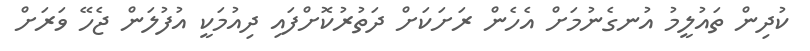
ކުދިން ތައުލީމު އުނގެނުމަށް އެހެން ރަށަކަށް ދަތުރުކޮށްފައި ދިއުމަކީ އުފުލަން ޖެހޭ ވަރަށް